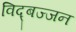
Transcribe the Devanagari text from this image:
विद्बज्जन